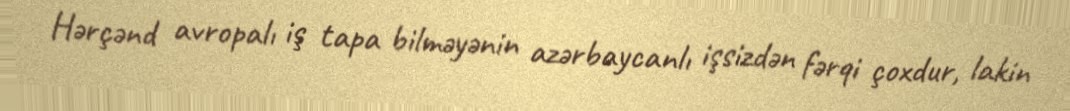
Hərçənd avropalı iş tapa bilməyənin azərbaycanlı işsizdən fərqi çoxdur, lakin